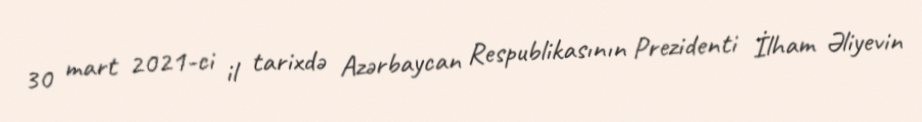
30 mart 2021-ci il tarixdə Azərbaycan Respublikasının Prezidenti İlham Əliyevin